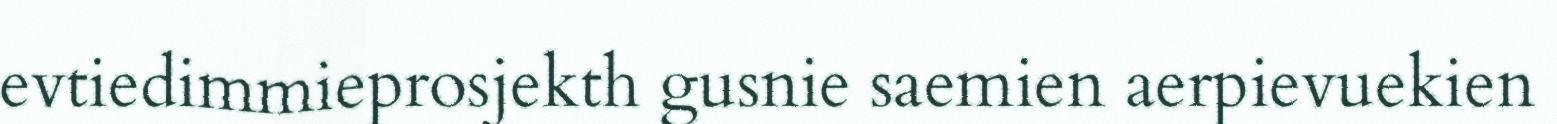
evtiedimmieprosjekth gusnie saemien aerpievuekien